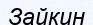
Зайкин